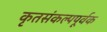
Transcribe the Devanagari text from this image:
कृतसंकल्पपूर्वक